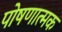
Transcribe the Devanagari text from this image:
पोषणात्मक